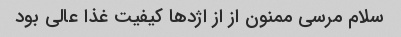
سلام مرسی ممنون از از اژدها کیفیت غذا عالی بود